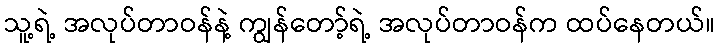
သူ့ရဲ့ အလုပ်တာဝန်နဲ့ ကျွန်တော့်ရဲ့ အလုပ်တာဝန်က ထပ်နေတယ်။